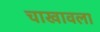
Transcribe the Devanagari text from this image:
चाखावला